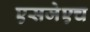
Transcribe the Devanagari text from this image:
एसजेएच